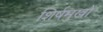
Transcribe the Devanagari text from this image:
शिर्षमुखों